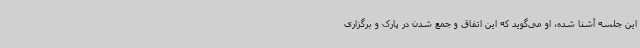
این جلسه آشنا شده، او می‌گوید که این اتفاق و جمع شدن در پارک و برگزاری